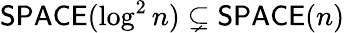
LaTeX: {\mathsf{SPACE}}(\log^{2}n)\subsetneq{\mathsf{SPACE}}(n)